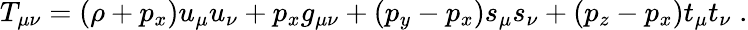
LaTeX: T_{\mu\nu}=(\rho+p_{x})u_{\mu}u_{\nu}+p_{x}g_{\mu\nu}+(p_{y}-p_{x})s_{\mu}s_{\nu}+(p_{z}-p_{x})t_{\mu}t_{\nu}\; .